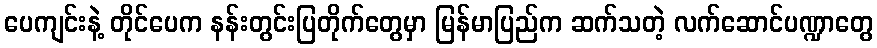
ပေကျင်းနဲ့ တိုင်ပေက နန်းတွင်းပြတိုက်တွေမှာ မြန်မာပြည်က ဆက်သတဲ့ လက်ဆောင်ပဏ္ဍာတွေ